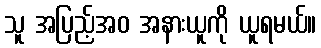
သူ အပြည့်အဝ အနားယူကို ယူရမယ်။